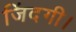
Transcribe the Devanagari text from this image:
जिंदगी।